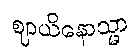
ဈာယိနောသ္မာ